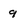
Character: 9